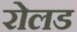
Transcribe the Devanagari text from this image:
रोलड